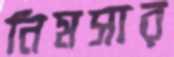
নিমসার